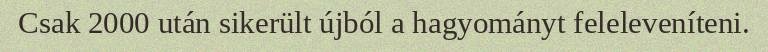
Csak 2000 után sikerült újból a hagyományt feleleveníteni.